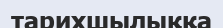
тарихшылыққа